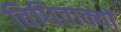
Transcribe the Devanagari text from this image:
विधिवाक्यों